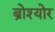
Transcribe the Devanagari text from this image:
ब्रोश्योर